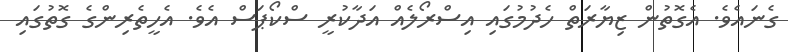
ގެނައެވެ. އެގޮތުން ޒިޔާރަތް ހެދުމުގައި އިސްރޯލެއް އަދާކުރީ ސްކޯޕަސް އެވެ. އެހީތެރިންގެ ގޮތުގައި